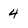
Character: 4